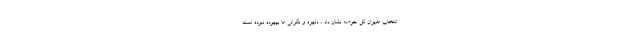
انتخاب مدیران کل حوضه نشان داد ، دلهره و نگرانی ما بیهوده نبوده است